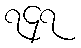
၇၄၇